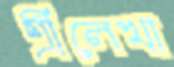
শ্রীলেখা